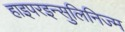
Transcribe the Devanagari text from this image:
हाइपरइन्सुलिनिज्म